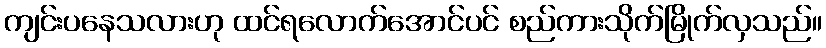
ကျင်းပနေသလားဟု ထင်ရလောက်အောင်ပင် စည်ကားသိုက်မြိုက်လှသည်။